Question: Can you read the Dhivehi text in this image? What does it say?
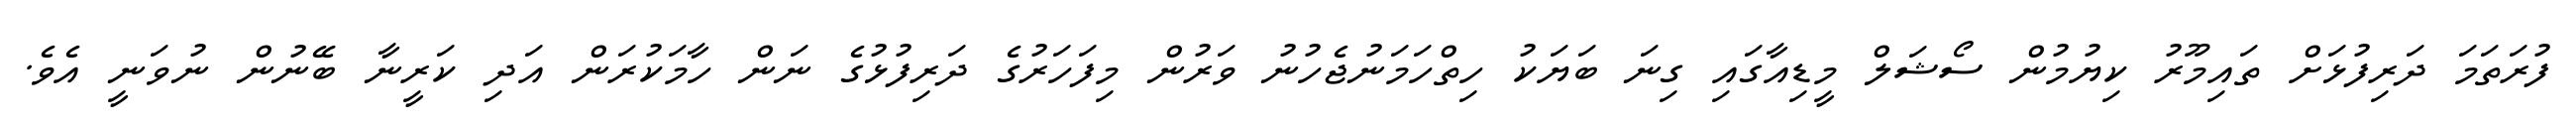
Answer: ފުރަތަމަ ދަރިފުޅަށް ތައިމޫރު ކިޔުމުން ސޯޝަލް މީޑިއާގައި ގިނަ ބަޔަކު ހިތްހަމަނުޖެހުނު ވަރުން މިފަހަރުގެ ދަރިފުޅުގެ ނަން ހާމަކުރަން އަދި ކަރީނާ ބޭނުން ނުވަނީ އެވެ.